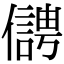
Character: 𠏬